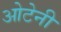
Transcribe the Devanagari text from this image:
ओटेनी